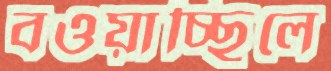
বওয়াচ্ছিলে